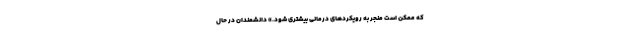
که ممکن است منجر به رویکردهای درمانی بیشتری شود.» دانشمندان در حال